Annual administration report of the Civil Veterinary Department of India - 1896-1897
Year: 1896
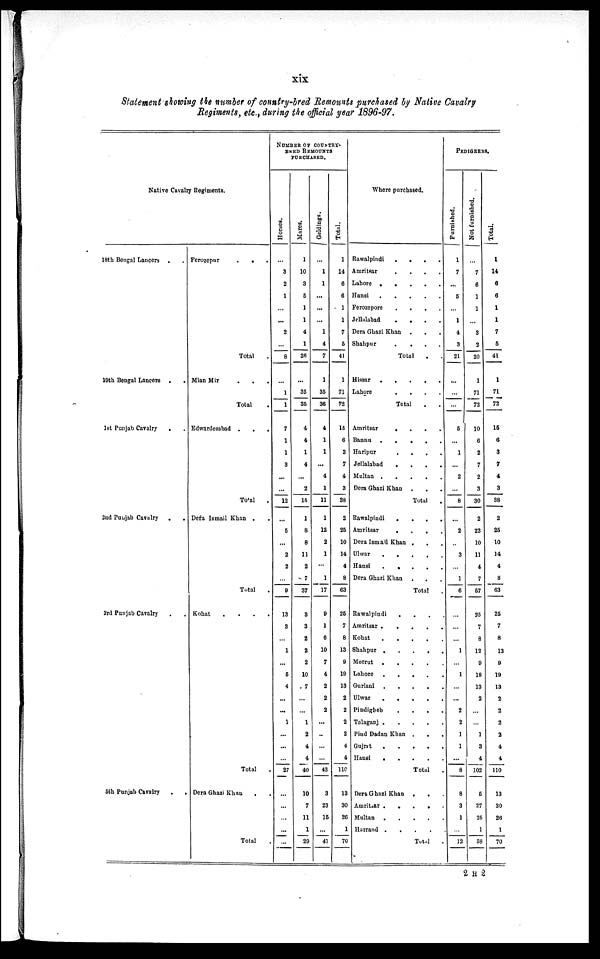
xix
Statement showing the number of country-bred Remounts purchased by Native Cavalry
Regiments, etc., during the official year 1896-97.
Native Cavalry Regiments.
18th Bengal Lancers . .
19th Bengal Lancers . .
1st Punjab Cavalry
. .
2nd Punjab Cavalry
.
.
3rd Punjab Cavalry . .
5th Punjab Cavalry
. .
Ferozepur
.
.
.
Total .
Mian Mir . . .
Total .
Edwardesabad . . .
Total .
Dera Ismail Khan . .
Total .
Kohat
.
.
.
.
Total .
Dera Ghazi Khan . .
Total
NUMBER OF COUNTRY-
BRED REMOUNTS
PURCHASED.
Hor s es .
...
3
2
1
...
...
2
...
8
...
1
1
7
1
1
3
...
...
12
...
5
...
2
2
...
9
13
3
...
1
...
5
4
...
...
1
...
...
...
27
...
...
...
...
...
Mar es .
1
10
3
5
1
1
4
1
26
...
35
35
4
4
1
4
...
2
15
1
8
8
11
2
7
37
8
3
2
2
2
10
7
...
...
1
2
4
4
40
10
7
11
1
29
Geldings.
...
1
1
...
...
...
1
4
7
1
35
36
4
1
1
...
4
1
11
1
12
2
1
...
1
17
9
1
6
10
7
4
2
2
2
...
..
...
...
43
3
23
15
...
41
Total.
1
14
6
6
1
1
7
5
41
1
71
72
15
6
3
7
4
3
38
2
25
10
14
4
8
63
25
7
8
13
9
19
13
2
2
2
2
4
4
110
13
30
26
1
70
Where purchased.
Rawalpindi
.
. . .
Amritsar
. . . .
Lahore . . . .
Hansi . . . .
Ferozepore . . . .
Jellalabad . . . .
Dera Ghazi Khan . . . .
Shahpur . . . .
Total . .
Hissar . . . .
Lahore . . . .
Total . .
Amritsar . . . .
Bannu . . . . .
Haripur . . . .
Jollalabad . . . .
Multan . . . .
Dera Ghazi Khan . . .
Total .
Rawalpindi . . . .
Amritsar . . . .
Dera Ismail Khan . . . .
Ulwar . . . . .
Hansi . . . . .
Dora Ghazi Khan . . . .
Total .
Rawalpindi . . . .
Amritsar . . . .
Kohat . . . .
Shahpur . . . . .
Meerut . . . .
Lahore . . . .
Guriani . . . .
Ulwar . . . .
Pindigheb . . . .
Talaganj . . . .
Pind Dadan Khan . . . .
Gujut . . . .
Hansi . . . .
Total .
Dera Ghazi Khan . . . .
Amritsar
.
.
.
.
Multan . . . .
Harrand . . . .
Total .
PEDIGREES.
Furnished.
1
7
...
5
...
1
4
3
21
...
...
...
5
...
1
...
2
...
8
...
2
...
3
...
1
6
...
...
...
1
...
1
...
...
2
2
1
1
...
8
8
3
1
...
12
Not f ur ni s hed.
...
7
6
1
1
...
3
2
20
1
71
72
10
6
2
7
2
3
30
2
23
10
11
4
7
57
25
7
8
12
9
18
13
2
...
...
1
3
4
102
5
27
25
1
58
Total.
1
14
6
6
1
1
7
5
41
1
71
72
15
6
3
7
4
3
38
2
25
10
14
4
8
63
25
7
8
13
9
19
13
2
2
2
2
4
4
110
13
30
26
1
70
2 H 2